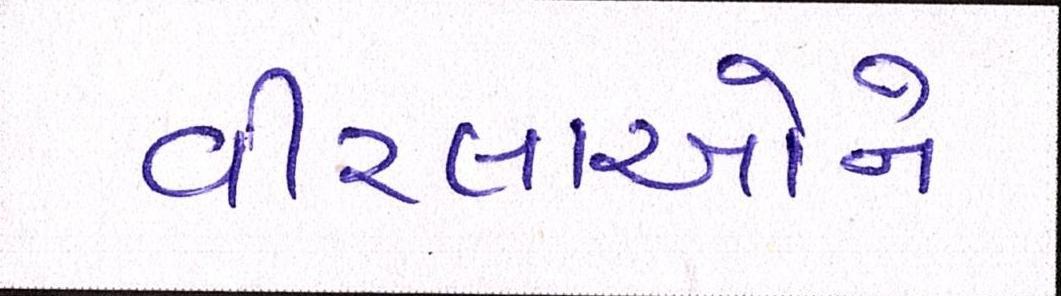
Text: વીરલાઓને